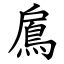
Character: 鳸